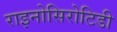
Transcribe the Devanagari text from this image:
राइनोसिरोटिडी